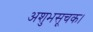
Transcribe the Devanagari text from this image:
अशुभसूचक।